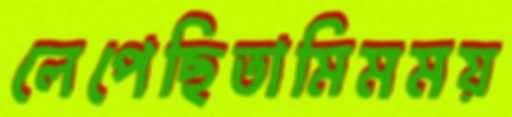
লেপেছিতামিমময়